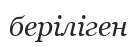
беріліген